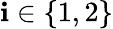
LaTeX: \mathbf{i}\in\{ 1,2\}